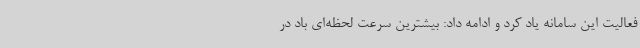
فعالیت این سامانه یاد کرد و ادامه داد: بیشترین سرعت لحظه‌ای باد در